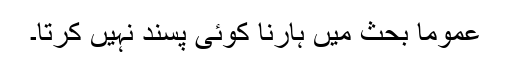
عموماً بحث میں ہارنا کوئی پسند نہیں کرتا۔